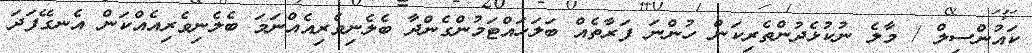
ކައުންސިލް / މާލެ ނުކުޅެދުންތެރިކަން ހުންނަ ފަރާތެއް ބަލަހައްޓަމުންގެންދާ ބެލެނިވެރިއެއްނަމަ ބެލެނިވެރިއެއްކަން އެނގޭފަދަ